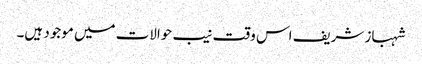
شہباز شریف اس وقت نیب حوالات میں موجود ہیں۔